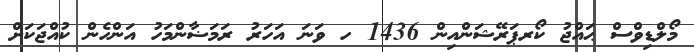
މޯލްޑިވްސް ޙައްޖު ކޯރޕަރޭޝަންއިން 1436 ހ ވަނަ އަހަރު ރަމަޟާންމަހު އަންހެން ކުއްޖަކަށް